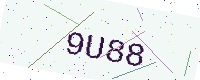
Text: 9U88